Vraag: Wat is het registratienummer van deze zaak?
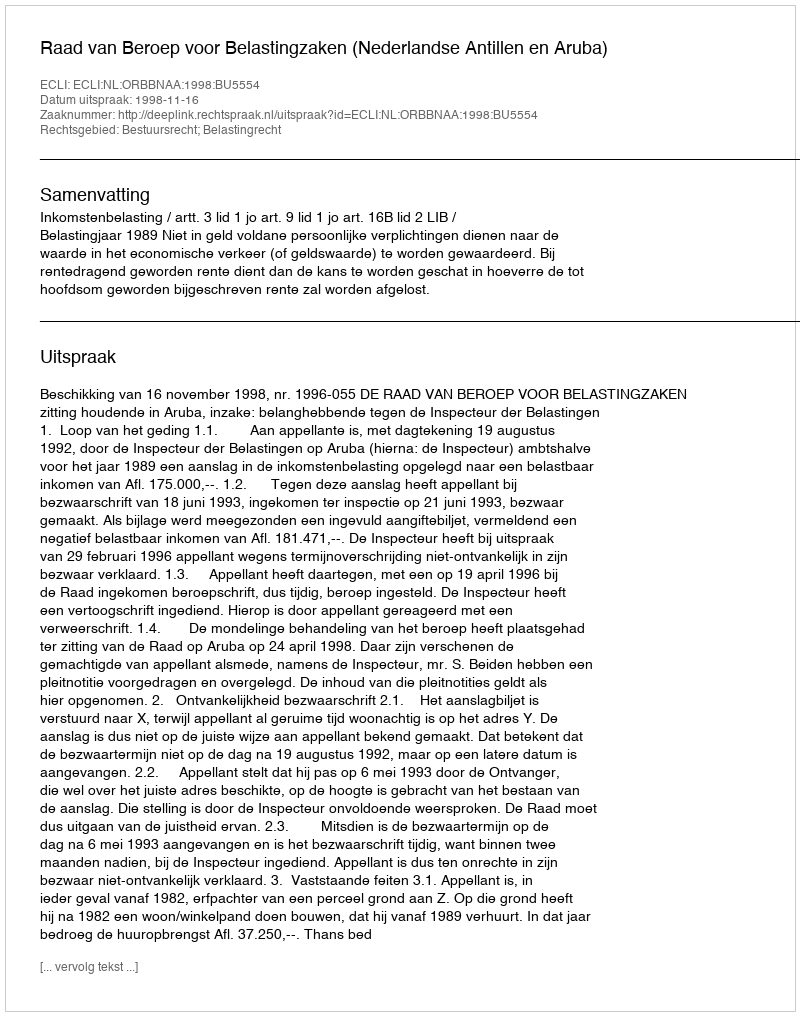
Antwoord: http://deeplink.rechtspraak.nl/uitspraak?id=ECLI:NL:ORBBNAA:1998:BU5554